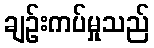
ချဉ်းကပ်မှုသည်